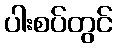
ပါးစပ်တွင်